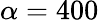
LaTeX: \alpha=400